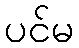
ပင်မ